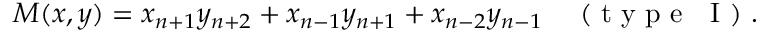
M ( x , y ) = x _ { n + 1 } y _ { n + 2 } + x _ { n - 1 } y _ { n + 1 } + x _ { n - 2 } y _ { n - 1 } \quad \mathrm { ~ ( ~ t ~ y ~ p ~ e ~ ~ ~ I ~ ) ~ } .